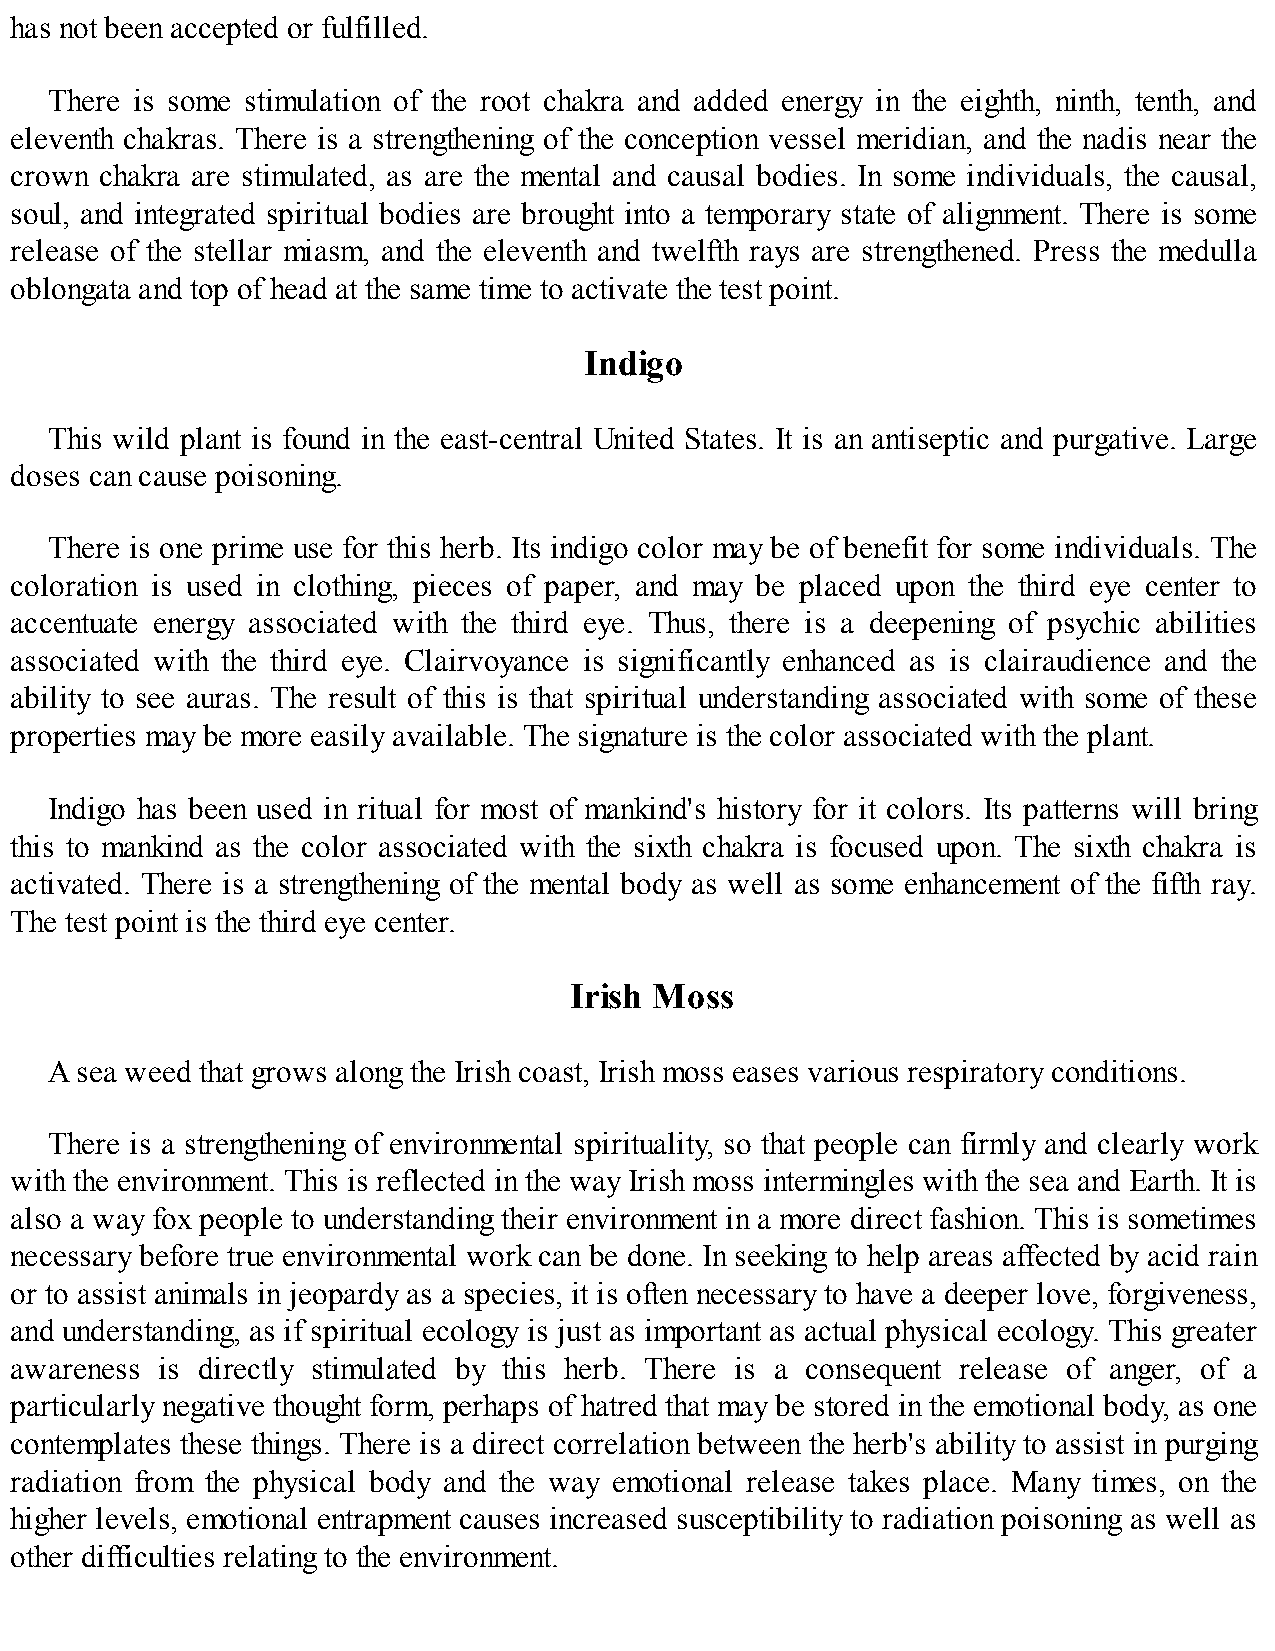
has not been accepted or fulfilled.
 There is some stimulation of the root chakra and added energy in the eighth, ninth, tenth, and
 eleventh chakras. There is a strengthening of the conception vessel meridian, and the nadis near the
 crown chakra are stimulated, as are the mental and causal bodies. In some individuals, the causal,
 soul, and integrated spiritual bodies are brought into a temporary state of alignment. There is some
 release of the stellar miasm, and the eleventh and twelfth rays are strengthened. Press the medulla
 oblongata and top of head at the same time to activate the test point.
 Indigo
 This wild plant is found in the east-central United States. It is an antiseptic and purgative. Large
 doses can cause poisoning.
 There is one prime use for this herb. Its indigo color may be of benefit for some individuals. The
 coloration is used in clothing, pieces of paper, and may be placed upon the third eye center to
 accentuate energy associated with the third eye. Thus, there is a deepening of psychic abilities
 associated with the third eye. Clairvoyance is significantly enhanced as is clairaudience and the
 ability to see auras. The result of this is that spiritual understanding associated with some of these
 properties may be more easily available. The signature is the color associated with the plant.
 Indigo has been used in ritual for most of mankind's history for it colors. Its patterns will bring
 this to mankind as the color associated with the sixth chakra is focused upon. The sixth chakra is
 activated. There is a strengthening of the mental body as well as some enhancement of the fifth ray.
 The test point is the third eye center.
 Irish Moss
 A sea weed that grows along the Irish coast, Irish moss eases various respiratory conditions.
 There is a strengthening of environmental spirituality, so that people can firmly and clearly work
 with the environment. This is reflected in the way Irish moss intermingles with the sea and Earth. It is
 also a way fox people to understanding their environment in a more direct fashion. This is sometimes
 necessary before true environmental work can be done. In seeking to help areas affected by acid rain
 or to assist animals in jeopardy as a species, it is often necessary to have a deeper love, forgiveness,
 and understanding, as if spiritual ecology is just as important as actual physical ecology. This greater
 awareness is directly stimulated by this herb. There is a consequent release of anger, of a
 particularly negative thought form, perhaps of hatred that may be stored in the emotional body, as one
 contemplates these things. There is a direct correlation between the herb's ability to assist in purging
 radiation from the physical body and the way emotional release takes place. Many times, on the
 higher levels, emotional entrapment causes increased susceptibility to radiation poisoning as well as
 other difficulties relating to the environment.